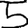
Digit: 5